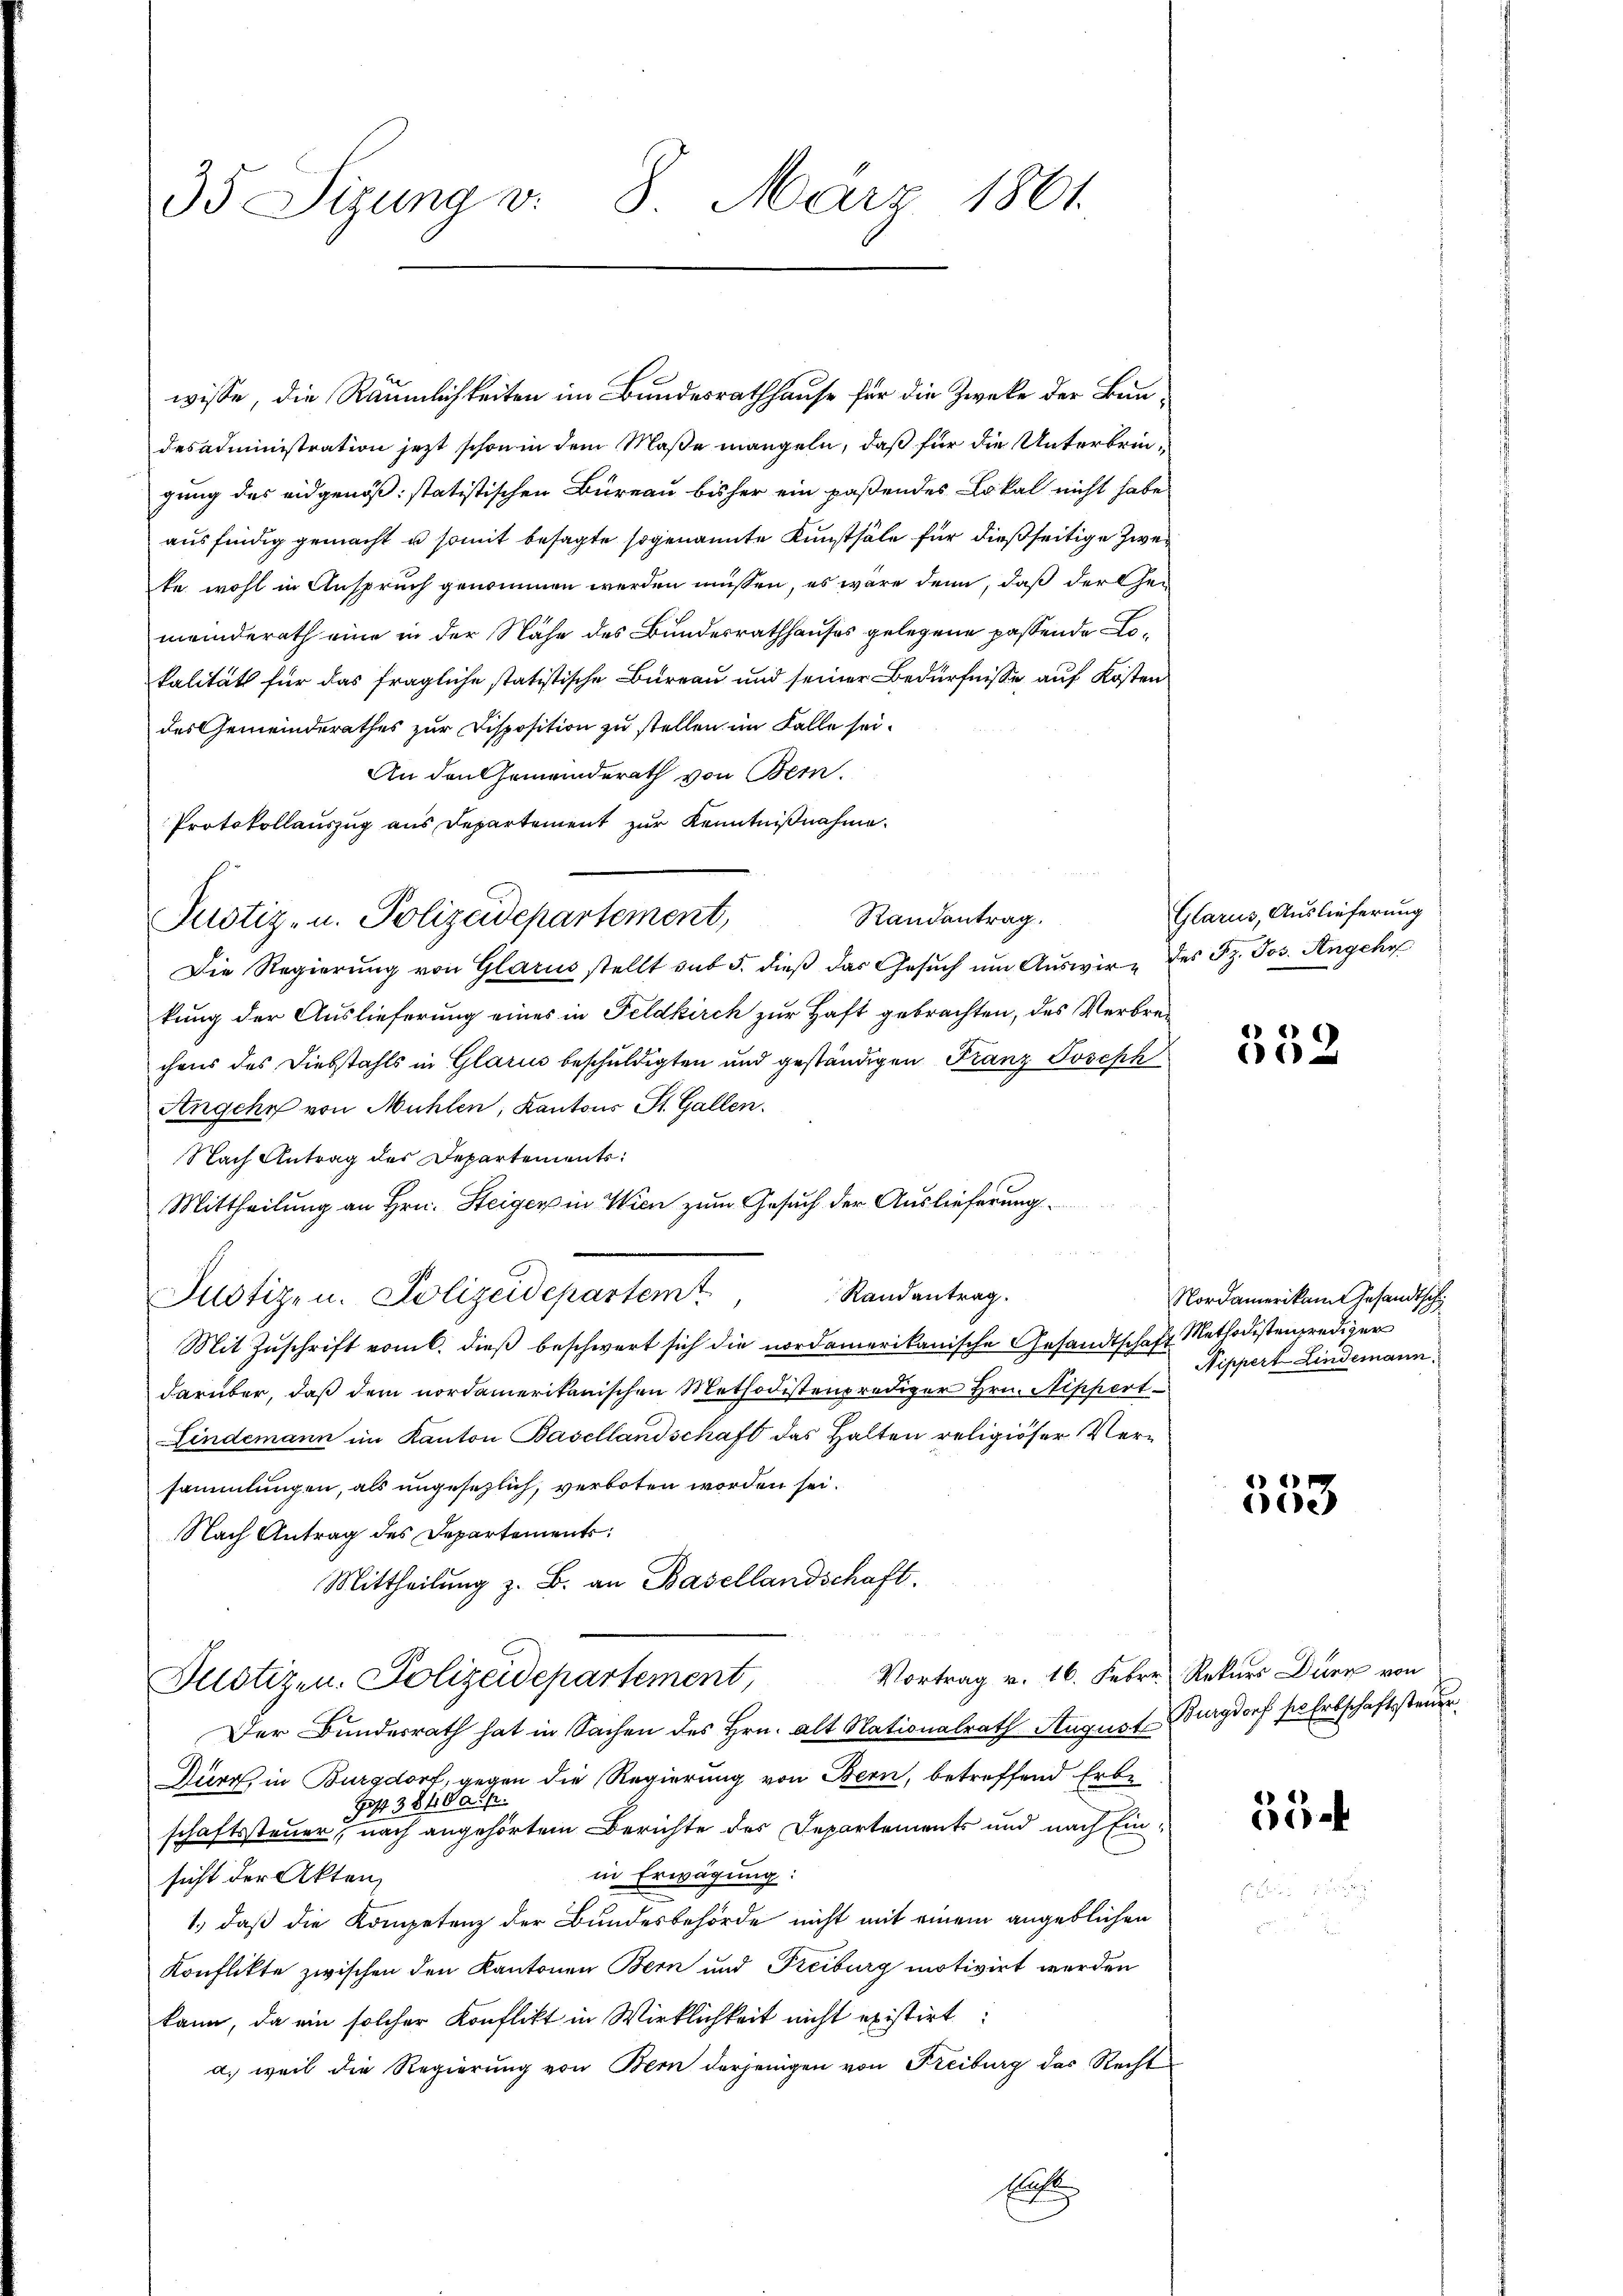
35 Sizung v. 8. März 1861.

wisse, die Räumlichkeiten im Bundesrathhause für die Zwecke der Bendesadministration jetzt schon in dem Maße mangeln, daß für die Unterbringung des eidgenöß: statistischen Bureau bisher ein paßendes Lokal nicht habe
ausfindig gemacht u somit besagte sogenannte Kunsthäle für dießseitige Zwei
ke wohl in Anspruch genommen werden müssen, es wäre denn, daß der Gemeinderath eine in der Nähe des Bundesrathhauses gelegene passende Lokalität für das fragliche statistische Bureau und seiner Bedürfnisse auf Kosten
des Gemeinderathes zur Disposition zu stellen im Falle sei¬
An den Gemeinderath von Bern.
Protokollauszug aus Departement zur Kenntnißnahme.
Die Regierung von Glarus stellt auf 5. dieß das Gesŭch um Auswir- des St. Jos. Angeho
kung der Auslieferung eines in Feldkirch zur Haft gebrachten, des Verbrechens des Diebstahls in Glarus beschuldigten und geständigen Franz Joseph
Angehn von Mühlen, Kantons St. Gallen.
Nach Antrag des Departements:
Mittheilung an Hrn. Steiger in Wien zum Gesuch der Auslieferung
Randantrag.
Justizen. Polizeidepartemt
Mit Zuschrift vom C. dieß beschwert sich die nordamerikanische Gesandtschaft Methodestenprediger
darüber, daß dem nordamerikanischen Methodistenprediger Hrn. Nippert
Lindemann im Kanton Basellandschaft das Halten religiöser Versammlungen, als ungesezlich, verboten worden sei.
Nach Antrag des Departements:
Mittheilung z. B. an Basellandschaft.
Justizen. Polizeidepartement, Vortrag v. 16. Febr. Rekurs Dr von
Der Bundesrath hat in Sachen des Hrn. alt Nationalrath August Burgdorf sie Erbschaftssteuer
Durz, in Burgdorf, gegen die Regierung von Bern, betreffend Erbe
Jost 384 Palf
schaftssteuer, nach angehörtem Berichte des Departements und nach Ein-
in Erwägung:
sicht der Akten,
1.) daß die Kompetenz der Bundesbehörde nicht mit einem angeblichen
Konflikte zwischen den Kantonen Bern und Freiburg motivirt werden
kann, da ein solcher Konflikt in Wirklichkeit nicht existirt
a. weil die Regierung von Bern derjenigen von Freiburg das Recht
Er

Justiz- u. Polizeidepartement,

Randantrag.

Glarus, Auslieferung

552

Nordamerikam Gesandtsch
Nippert Lindemann.

e

55